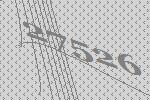
27526